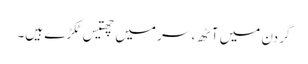
گردن میں آٹھ، سر میں چھتیس ٹکڑے ہیں۔